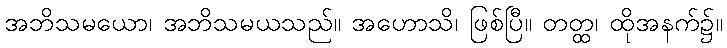
အဘိသမယော၊ အဘိသမယသည်။ အဟောသိ၊ ဖြစ်ပြီ။ တတ္ထ၊ ထိုအနက်၌။